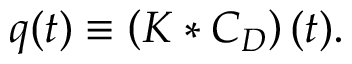
q ( t ) \equiv \left( K * C _ { D } \right) ( t ) .